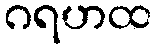
ဂရဟထ